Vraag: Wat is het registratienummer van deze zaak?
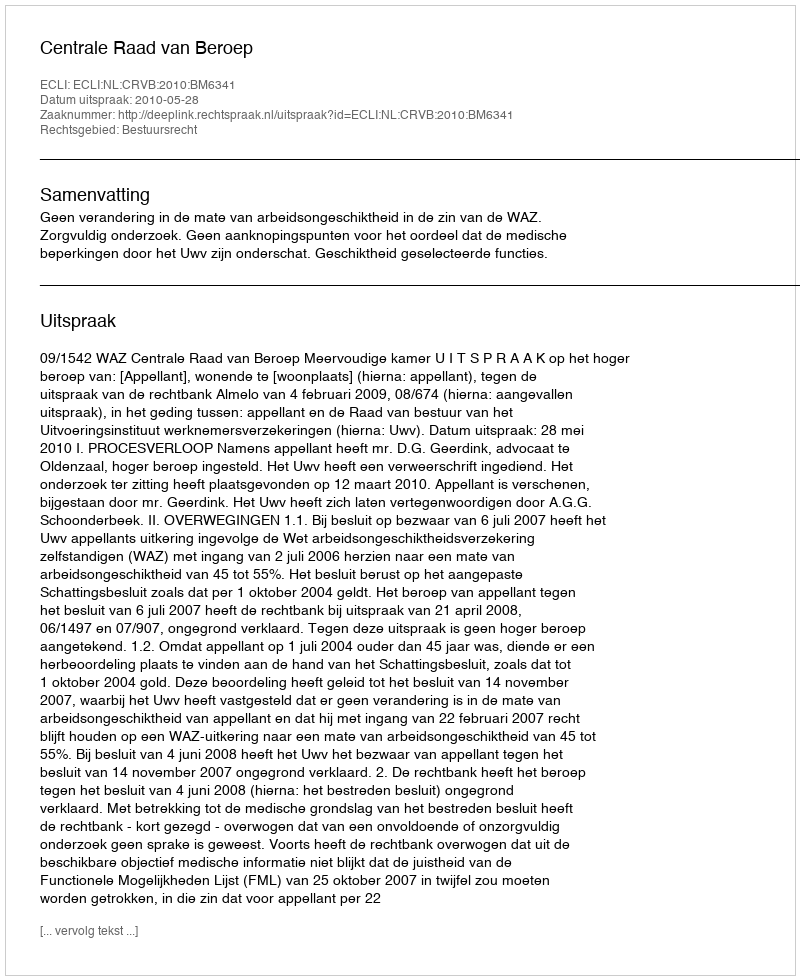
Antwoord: http://deeplink.rechtspraak.nl/uitspraak?id=ECLI:NL:CRVB:2010:BM6341